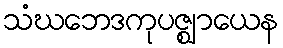
သံဃဘေဒကုပဇ္ဈာယေန